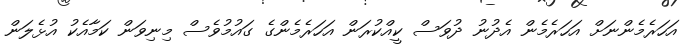
އަހަރެމެންނަށް އަހަރެމެން އެދުނު ދުވަސް ކީއްކުރަން އަހަރެމެންގެ ގައުމުވެސް މިނިވަން ކަމާއެކު އުޅެލަން